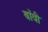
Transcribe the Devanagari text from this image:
बाँवी